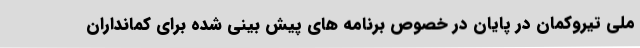
ملی تیروکمان در پایان در خصوص برنامه های پیش بینی شده برای کمانداران